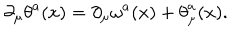
\partial _ { \mu } { \theta } ^ { a } ( x ) = \partial _ { \mu } { \omega } ^ { a } ( x ) + { \theta } _ { \mu } ^ { a } ( x ) .